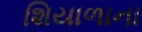
શિયાળાના